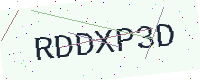
Text: RDDXP3D